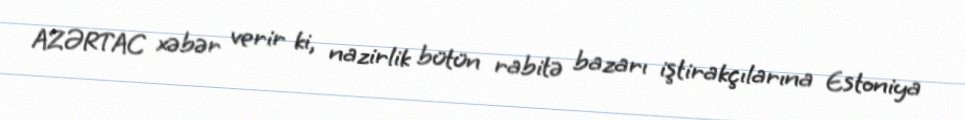
AZƏRTAC xəbər verir ki, nazirlik bütün rabitə bazarı iştirakçılarına Estoniya